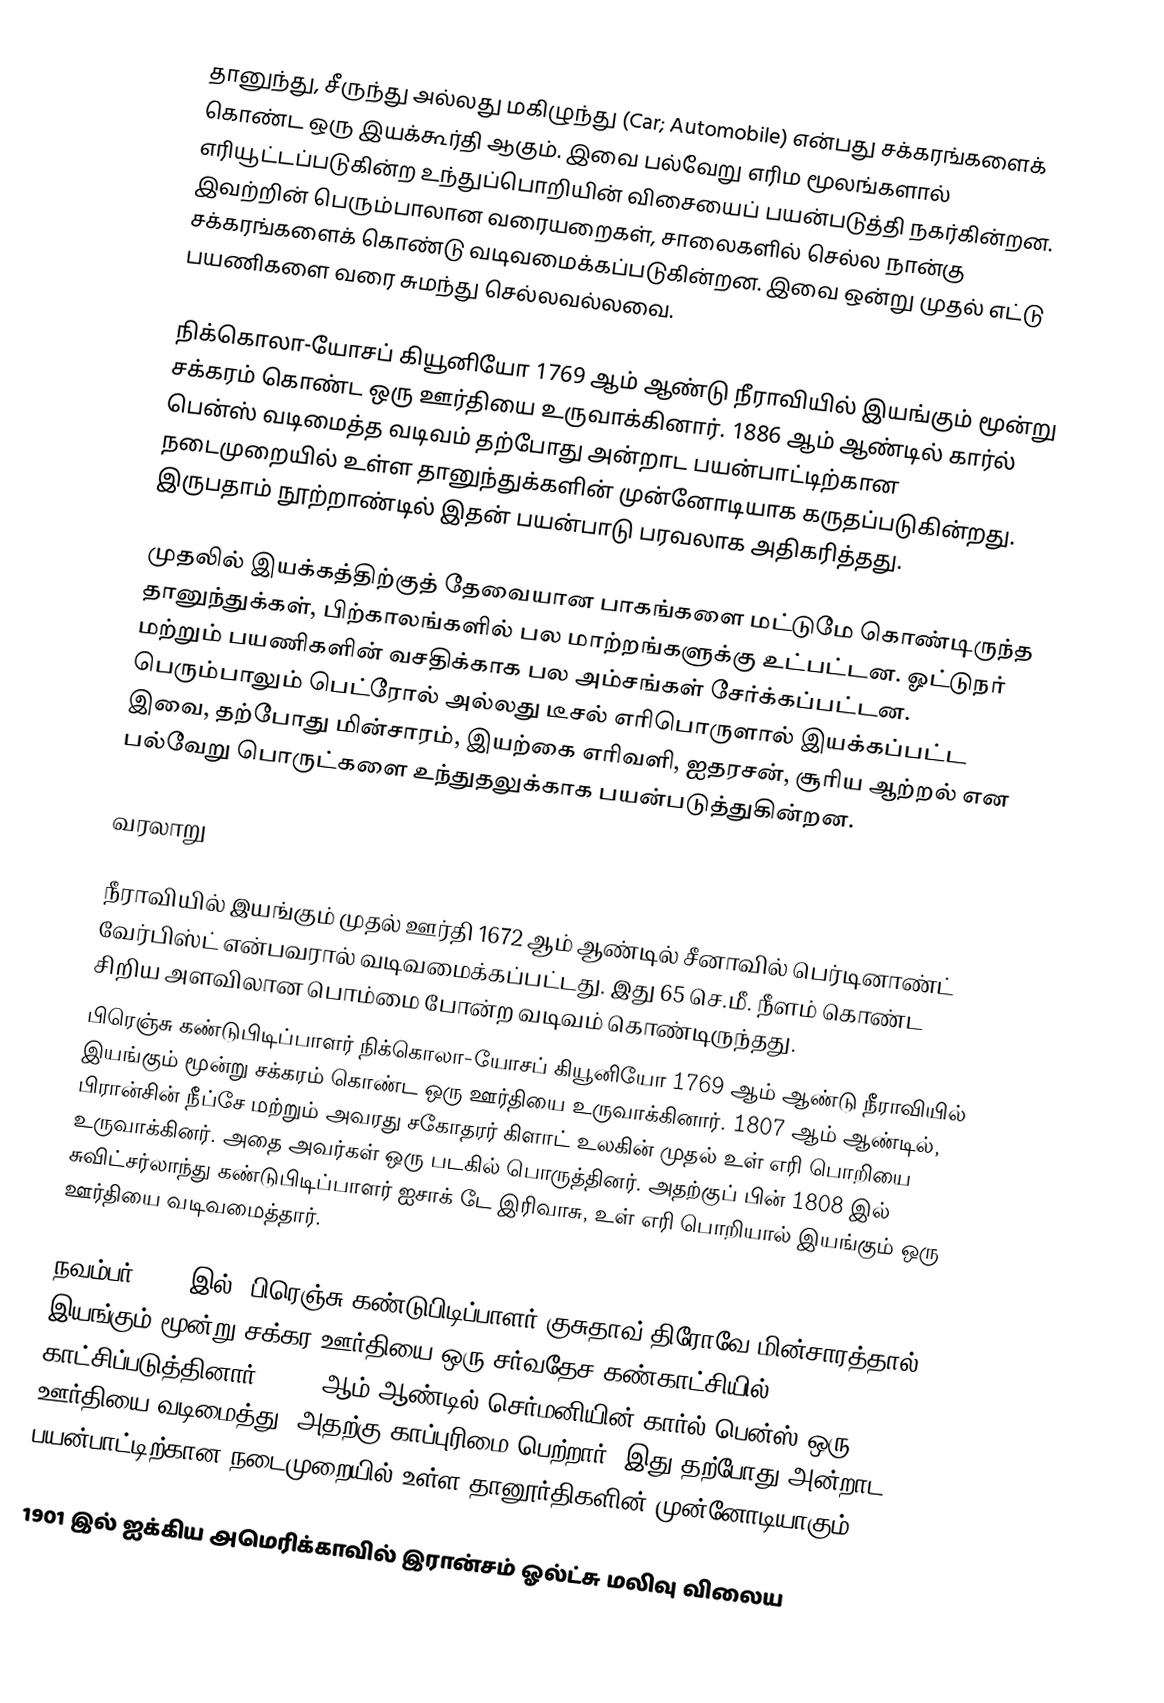
தானுந்து, சீருந்து அல்லது மகிழுந்து (Car; Automobile) என்பது சக்கரங்களைக் கொண்ட ஒரு இயக்கூர்தி ஆகும். இவை பல்வேறு எரிம மூலங்களால் எரியூட்டப்படுகின்ற உந்துப்பொறியின் விசையைப் பயன்படுத்தி நகர்கின்றன. இவற்றின் பெரும்பாலான வரையறைகள், சாலைகளில் செல்ல நான்கு சக்கரங்களைக் கொண்டு வடிவமைக்கப்படுகின்றன. இவை ஒன்று முதல் எட்டு பயணிகளை வரை சுமந்து செல்லவல்லவை.

நிக்கொலா-யோசப் கியூனியோ 1769 ஆம் ஆண்டு நீராவியில் இயங்கும் மூன்று சக்கரம் கொண்ட ஒரு ஊர்தியை உருவாக்கினார். 1886 ஆம் ஆண்டில் கார்ல் பென்ஸ் வடிமைத்த வடிவம் தற்போது அன்றாட பயன்பாட்டிற்கான நடைமுறையில் உள்ள தானுந்துக்களின் முன்னோடியாக கருதப்படுகின்றது. இருபதாம் நூற்றாண்டில் இதன் பயன்பாடு பரவலாக அதிகரித்தது.

முதலில் இயக்கத்திற்குத் தேவையான பாகங்களை மட்டுமே கொண்டிருந்த தானுந்துக்கள், பிற்காலங்களில் பல மாற்றங்களுக்கு உட்பட்டன. ஓட்டுநர் மற்றும் பயணிகளின் வசதிக்காக பல அம்சங்கள் சேர்க்கப்பட்டன. பெரும்பாலும் பெட்ரோல் அல்லது டீசல் எரிபொருளால் இயக்கப்பட்ட இவை, தற்போது மின்சாரம், இயற்கை எரிவளி, ஐதரசன், சூரிய ஆற்றல் என பல்வேறு பொருட்களை உந்துதலுக்காக பயன்படுத்துகின்றன.

வரலாறு

நீராவியில் இயங்கும் முதல் ஊர்தி 1672 ஆம் ஆண்டில் சீனாவில் பெர்டினாண்ட் வேர்பிஸ்ட் என்பவரால் வடிவமைக்கப்பட்டது. இது 65 செ.மீ. நீளம் கொண்ட சிறிய அளவிலான பொம்மை போன்ற வடிவம் கொண்டிருந்தது.
பிரெஞ்சு கண்டுபிடிப்பாளர் நிக்கொலா-யோசப் கியூனியோ 1769 ஆம் ஆண்டு நீராவியில் இயங்கும் மூன்று சக்கரம் கொண்ட ஒரு ஊர்தியை உருவாக்கினார். 1807 ஆம் ஆண்டில், பிரான்சின் நீப்சே மற்றும் அவரது சகோதரர் கிளாட் உலகின் முதல் உள் எரி பொறியை உருவாக்கினர். அதை அவர்கள் ஒரு படகில் பொருத்தினர். அதற்குப் பின் 1808 இல் சுவிட்சர்லாந்து கண்டுபிடிப்பாளர் ஐசாக் டே இரிவாசு, உள் எரி பொறியால் இயங்கும் ஒரு ஊர்தியை வடிவமைத்தார்.

நவம்பர் 1881 இல், பிரெஞ்சு கண்டுபிடிப்பாளர் குசுதாவ் திரோவே மின்சாரத்தால் இயங்கும் மூன்று சக்கர ஊர்தியை ஒரு சர்வதேச கண்காட்சியில் காட்சிப்படுத்தினார். 1886 ஆம் ஆண்டில் செர்மனியின் கார்ல் பென்ஸ் ஒரு ஊர்தியை வடிமைத்து, அதற்கு காப்புரிமை பெற்றார். இது தற்போது அன்றாட பயன்பாட்டிற்கான நடைமுறையில் உள்ள தானூர்திகளின் முன்னோடியாகும்.

1901 இல் ஐக்கிய அமெரிக்காவில் இரான்சம் ஓல்ட்சு மலிவு விலைய